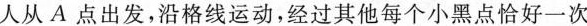
人从A点出发，沿格线运动，经过其他每个小黑点恰好一次